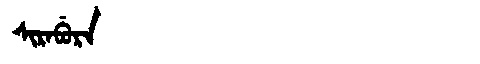
Manchu: ᠰᡳᡵᠠᠪᡠᡵᠠ
Romanization: SIRABURA